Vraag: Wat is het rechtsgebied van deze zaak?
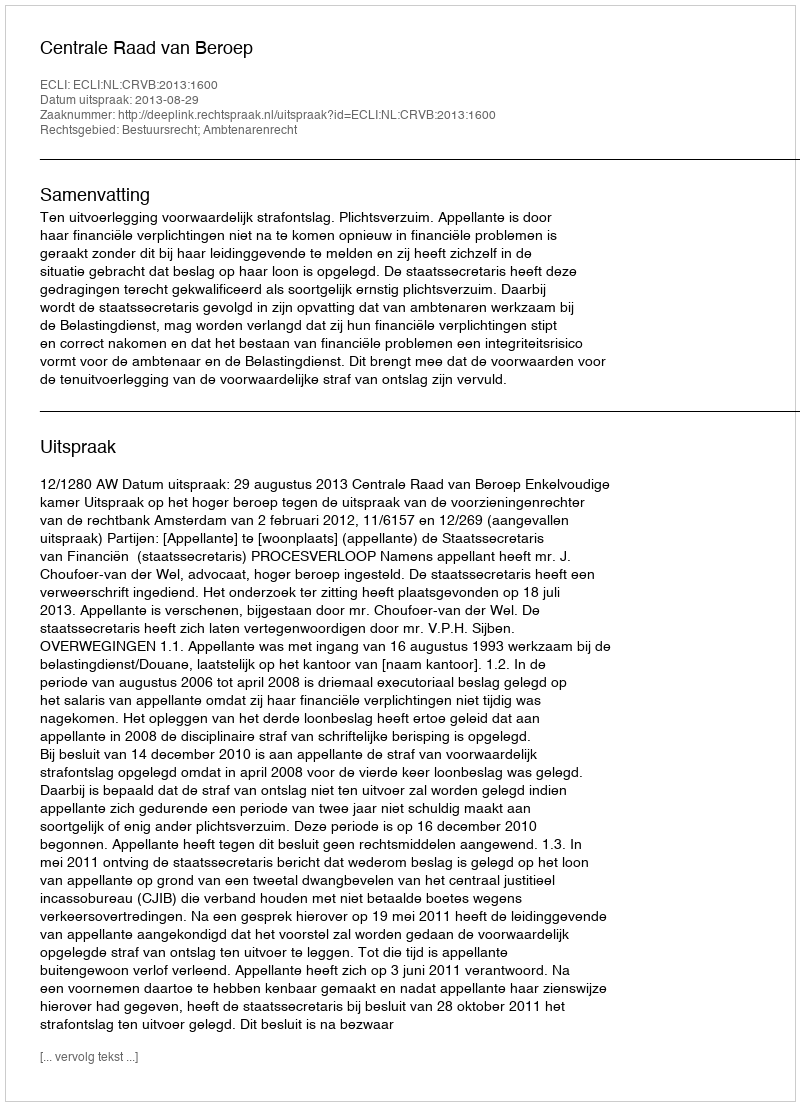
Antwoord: Bestuursrecht; Ambtenarenrecht